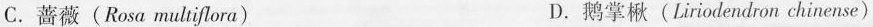
C.蔷薇(Rosa multiflora) D.鹅掌楸(Liriodendron chinense)